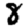
Digit: 8